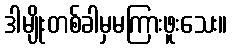
ဒါမျိုးတစ်ခါမှမကြားဖူးသေး။